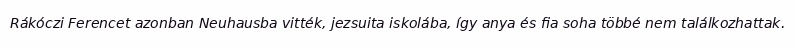
Rákóczi Ferencet azonban Neuhausba vitték, jezsuita iskolába, így anya és fia soha többé nem találkozhattak.